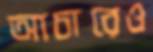
আচারেও